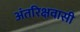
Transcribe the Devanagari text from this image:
अंतरिक्षवासी